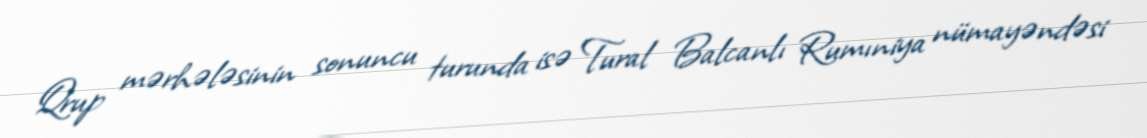
Qrup mərhələsinin sonuncu turunda isə Tural Balcanlı Rumıniya nümayəndəsi